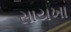
સાયખા